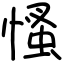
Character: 慅